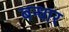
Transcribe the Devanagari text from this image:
बन्धार